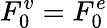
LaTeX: F_{0}^{v}=F_{0}^{e}